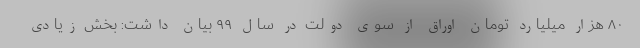
۸۰ هزار میلیارد تومان اوراق از سوی دولت در سال ۹۹ بیان داشت: بخش زیادی